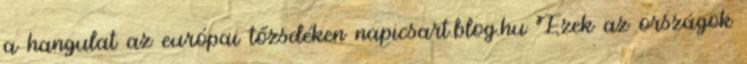
a hangulat az európai tőzsdéken napicsart.blog.hu Ezek az országok